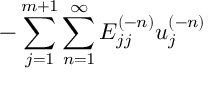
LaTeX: { - \sum _ { j = 1 } ^ { m + 1 } \sum _ { n = 1 } ^ { \infty } E _ { j j } ^ { ( - n ) } u _ { j } ^ { ( - n ) } }